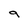
Character: 9